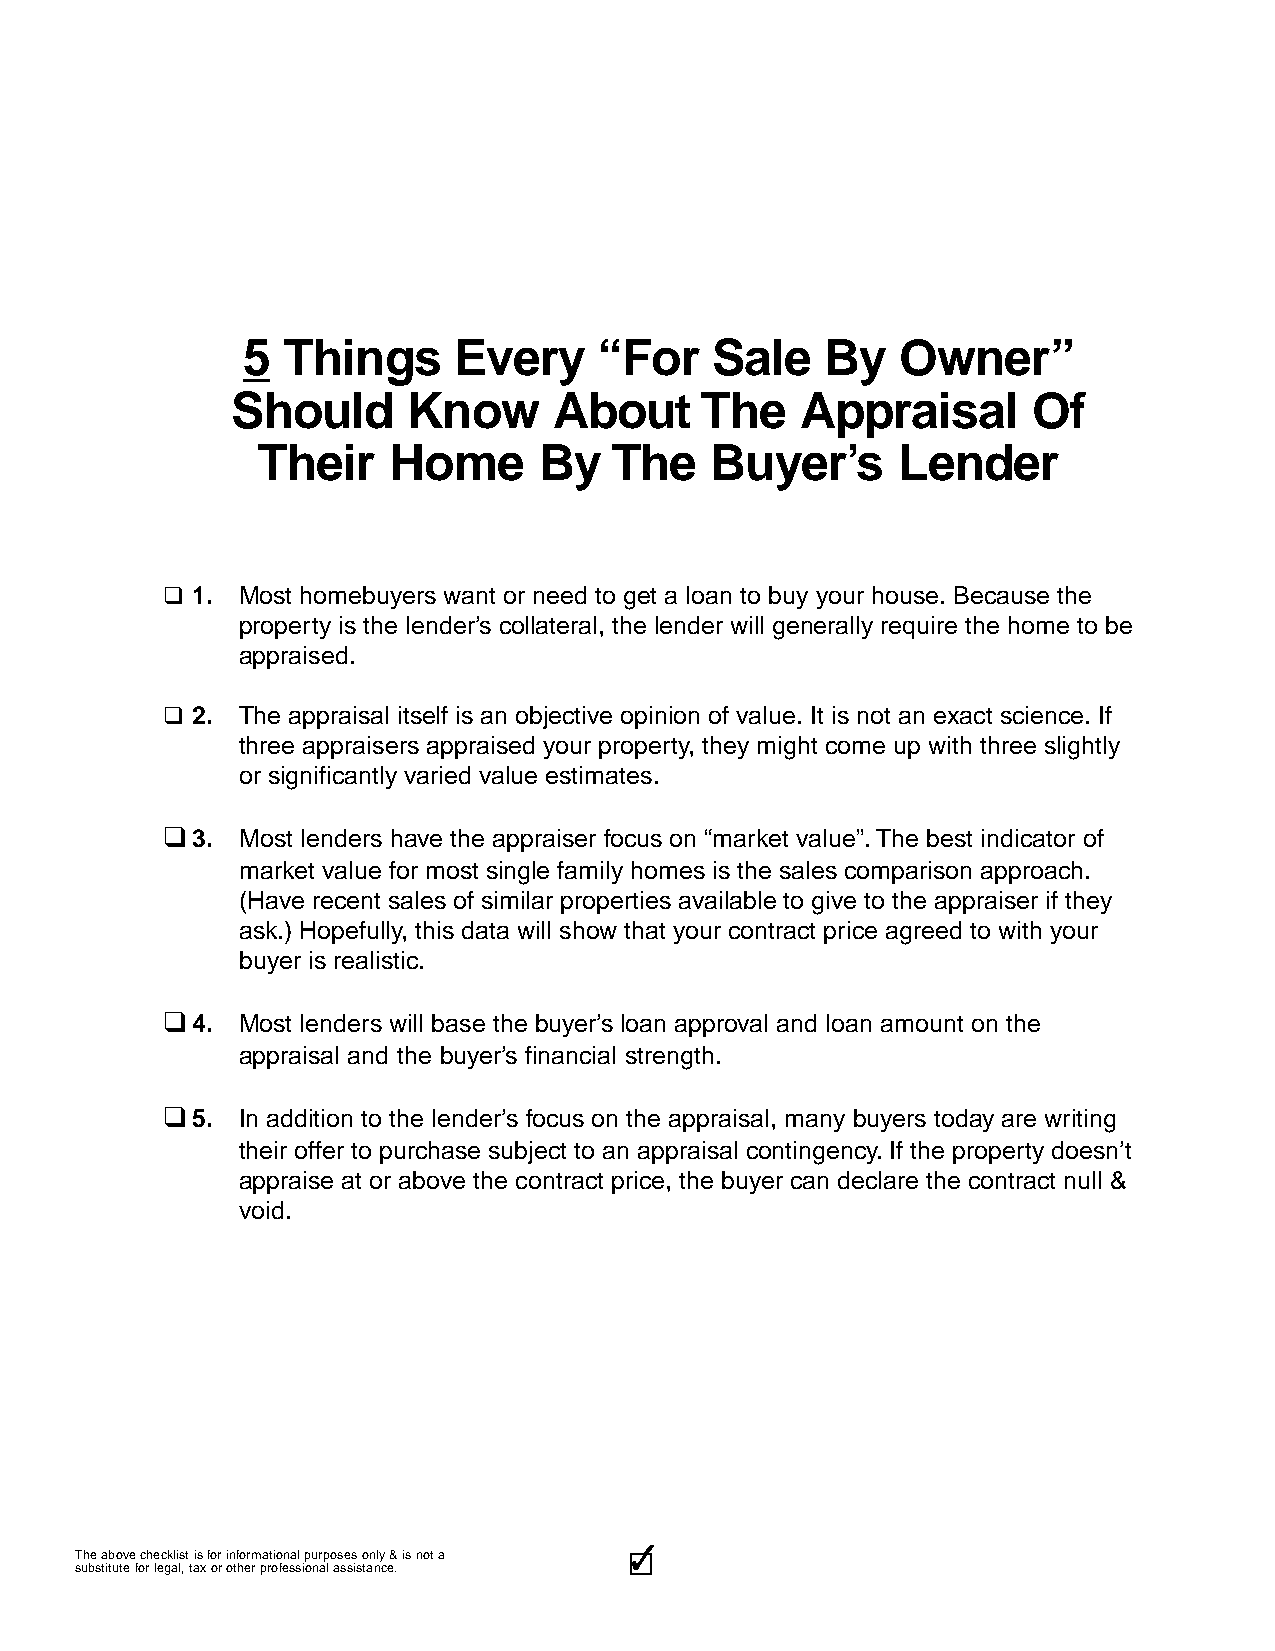
5  Things     Every     “For   Sale    By   Owner”
 Should      Know      About    The    Appraisal      Of
 Their    Home      By  The    Buyer’s     Lender
 q 1. Most homebuyers want or need to get a loan to buy your house. Because the
 property is the lender’s collateral, the lender will generally require the home to be
 appraised.
 q 2. The appraisal itself is an objective opinion of value. It is not an exact science. If
 three appraisers appraised your property, they might come up with three slightly
 or significantly varied value estimates.
 q
 3. Most lenders have the appraiser focus on “market value”. The best indicator of
 market value for most single family homes is the sales comparison approach.
 (Have recent sales of similar properties available to give to the appraiser if they
 ask.) Hopefully, this data will show that your contract price agreed to with your
 buyer is realistic.
 q
 4. Most lenders will base the buyer’s loan approval and loan amount on the
 appraisal and the buyer’s financial strength.
 q
 5. In addition to the lender’s focus on the appraisal, many buyers today are writing
 their offer to purchase subject to an appraisal contingency. If the property doesn’t
 appraise at or above the contract price, the buyer can declare the contract null &
 void.
 3333333333
 The above checklist is for informational purposes only & is not a
 substitute for legal, tax or other professional assistance.